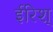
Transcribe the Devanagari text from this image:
ईरिश्